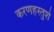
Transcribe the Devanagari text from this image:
करणहस्तुशे